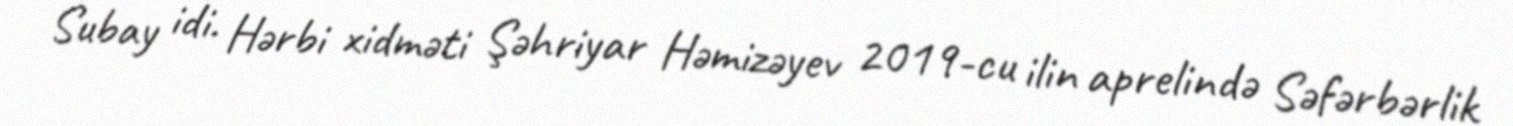
Subay idi. Hərbi xidməti Şəhriyar Həmizəyev 2019-cu ilin aprelində Səfərbərlik